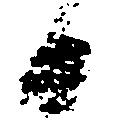
日